Medical and sanitary report of the native army of Bengal for the year
Year: 1874
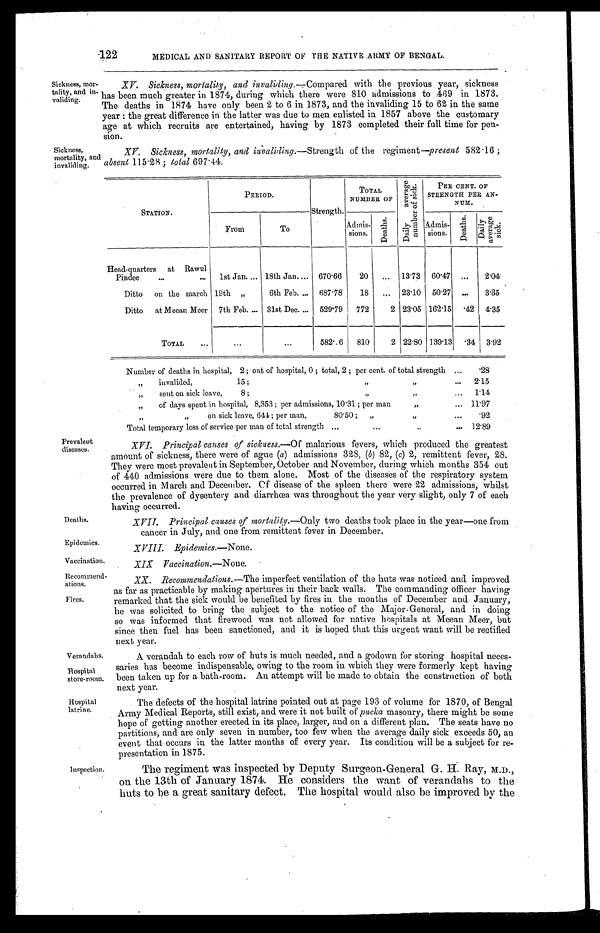
Deaths.
Epidemics.
Vaccination.
Recommend-
ations.
Fires.
Verandahs.
Hospital
store-room.
Hospital
latrine.
122
MEDICAL AND SANITARY REPORT OF THE NATIVE ARMY OF BENGAL.
Sickness, mor-
tality, and in-
validing.
XV. Sickness, mortality, and invaliding.—Compared with the previous year, sickness
has been much greater in 1874, during which there were 810 admissions to 469 in 1873.
The deaths in 1874 have only been 2 to 6 in 1873, and the invaliding 15 to 62 in the same
year: the great difference in the latter was due to men enlisted in 1857 above the customary
age at which recruits are entertained, having by 1873 completed their full time for pen--
sion.
Sickness,
mortality, and
invaliding.
Prevalent
diseases.
XV. Sickness, mortality, and invaliding.— Strength of the regiment—present 582.16;
absent 115.28; total 697.44.
S T A T I O N .
P E R I O D .
S t r e n g t h .
T O T A L N U M B E R O F
D a i l y a v e r a g e n u m b e r o f s i c k .
PER CENT. OF STRENGTH PER AN-NUM.
From
T o .
A d m i s - s i o n s .
Deaths.
Admis-sions.
Deaths.Dai l y average si ck.
Head-quarters at Rawul Pi ndee . . .
1 s t J a n . . .
18th Jan . . .
6 7 0 . 6 6
2 0
. . .
1 3 . 7 3
60.47 . . .
2.04
D i t t o o n t h e m a r c h
1 9 t h " 6th Feb . . .
6 8 7 . 7 8
1 8
. . .
2 3 . 1 0
50.27 . . .
3.35
D i t t o a t M e e a n M e e r
7 t h F e b . . . .
3 1 s t D e c . . . .
5 2 9 . 7 9
7 7 2
2
2 3 . 0 5
162.15.42
4.35
T o t a l . . .
. . .
. . .
5 8 2 . 6
8 1 0
2
2 2 . 8 0
139.13.34
3.92
Number of deaths in hospital, 2; out of hospital, 0; total, 2; per cent. of total strength . . . .28
" invalided, 15; " " . . . 2.15
" s e n t o n s i c k l e a v e , 8 ; " " . . .
1.14
" of days spent in hospital, 8,353; per admissions, 10.31; per man " . . . 11.97
" on sick leave, 641; per man, 80.50;
" " . . .
.92
Total temporary loss of service per man of total strength . . .12.89
XVI. Principal causes of sickness.— Of malarious fevers, which produced the greatest
amount of sickness, there were of ague ( a) admissions 328, (b) 82, (c) 2, remittent fever, 28.
They were most prevalent in September, October and November, during which months 354 out
of 440 admissions were due to them alone. Most of the diseases of the respiratory system
occurred in March and December. Of disease of the spleen there were 22 admissions, whilst
the prevalence of dysentery and diarrhœa was throughout the year very slight, only 7 of each
having occurred.
XVII. Principal causes of mortality.— Only two deaths took place in the year—one from
cancer in July, and one from remittent fever in December.
XVIII. Epidemics.—None.
Inspection.
XIX. Vaccination.—None.
XX. Recommendations.—The imperfect ventilation of the huts was noticed and improved
as far as practicable by making apertures in their back walls. The commanding officer having
remarked that the sick would be benefited by fires in the months of December and January,
he was solicited to bring the subject to the notice of the Major-General, and in doing
so was informed that firewood was not allowed for native hospitals at Meean Meer, but
since then fuel has been sanctioned, and it is hoped that this urgent want will be rectified
next year.
A verandah to each row of huts is much needed, and a godown for storing hospital neces--
saries has become indispensable, owing to the room in which they were formerly kept having
been taken up for a bath-room. An attempt will be made to obtain the construction of both
next year.
The defects of the hospital latrine pointed out at page 193 of volume for 1870, of Bengal
Army Medical Reports, still exist, and were it not built of pucka masonry, there might be some
hope of getting another erected in its place, larger, and on a different plan. The seats have no
partitions, and are only seven in number, too few when the average daily sick exceeds 50, an
event that occurs in the latter months of every year. Its condition will be a subject for re--
presentation in 1875.
The regiment was inspected by Deputy Surgeon-General G. H. Ray, M.D.,
on the 13th of January 1874. He considers the want of verandahs to the
huts to be a great sanitary defect. The hospital would also be improved by the